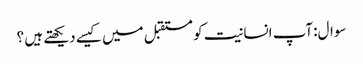
سوال:آپ انسانیت کو مستقبل میں کیسے دیکھتے ہیں ؟